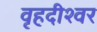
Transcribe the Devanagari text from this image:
वृहदीश्‍वर